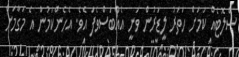
ސްލޮޓެއް ކަމަށް ހަތަރު ލީޑަރުން ވަނީ އެއްބަސްވެފަ އެވެ. އެހެންކަމުން އެ މަގާމަށް